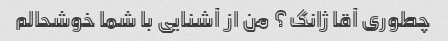
چطوری آقا ژانگ؟ من از آشنایی با شما خوشحالم